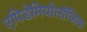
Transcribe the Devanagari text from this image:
एपिडेमियोलॉजिक